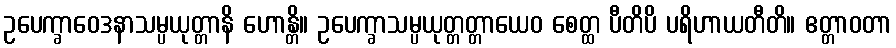
ဥပေက္ခာဝေဒနာသမ္ပယုတ္တာနိ ဟောန္တိ။ ဥပေက္ခာသမ္ပယုတ္တတ္တာယေဝ စေတ္ထ ပီတိပိ ပရိဟာယတီတိ။ ဧတ္တာဝတာ